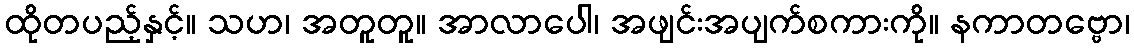
ထိုတပည့်နှင့်။ သဟ၊ အတူတူ။ အာလာပေါ၊ အဖျင်းအပျက်စကားကို။ နကာတဗ္ဗော၊